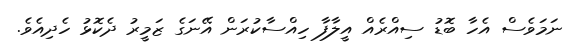
ނަމަވެސް އެހާ ބޮޑު ސިއްރެއް އީލާފާ ހިއްސާކުރަން އޭނަގެ ޒަމީރު ދެކޮޅު ހެދިއެވެ.